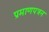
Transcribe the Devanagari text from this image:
प्रमाणपत्रन